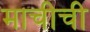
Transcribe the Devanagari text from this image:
माचीची